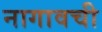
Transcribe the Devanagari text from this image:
नागावची